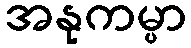
အနုကမ္ပာ